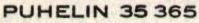
PUHELIN 35 365